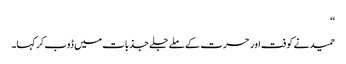
‘‘
حمید نے کوفت اور حسرت کے ملے جلے جذبات میں ڈوب کر کہا۔